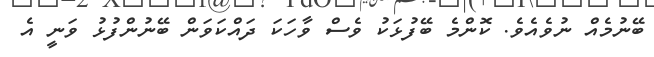
ބޭނުމެއް ނުވެއެވެ. ކޮންމެ ބޭފުޅަކު ވެސް ވާހަކަ ދައްކަވަން ބޭނުންފުޅު ވަނީ އެ